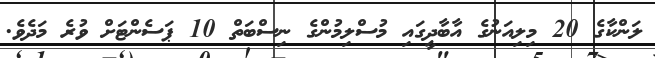
ލަންކާގެ 20 މިލިއަނުގެ އާބާދީގައި މުސްލިމުންގެ ނިސްބަތް 10 ޕަސެންޓަށް ވުރެ މަދެވެ.